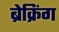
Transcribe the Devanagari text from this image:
ब्रेक्रिंग